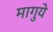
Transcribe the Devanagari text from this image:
मागुये